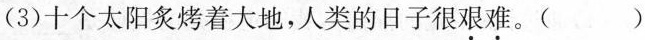
(3)十个太阳炙烤着大地，人类的日子很艰难。( )